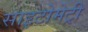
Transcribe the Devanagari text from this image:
साइटोमेट्री